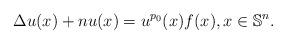
LaTeX: \begin{align*}\Delta u(x)+nu(x)=u^{p_0}(x)f(x), x\in \mathbb S^n.\end{align*}